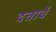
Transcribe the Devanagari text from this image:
दत्ताचें